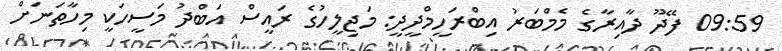
09:59 ފޭދޫ ދާއިރާގެ މެމްބަރު އިބްރަހީމްދީދީ: މަޖިލީހުގެ ރައީސް އަބްދު މަސީހަކީ މިހާތަނަށް